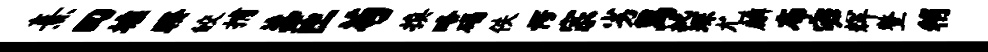
熹回墟睽皎捕蕊匝苟换略碣佚愕宗劣舄批琛尤麟布宓辉整稍